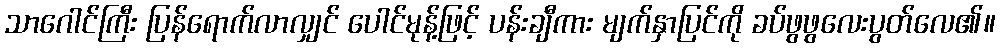
သာဂေါင်ကြီး ပြန်ရောက်လာလျှင် ပေါင်မုန့်ဖြင့် ပန်းချီကား မျက်နှာပြင်ကို ခပ်ဖွဖွလေးပွတ်လေ၏။